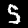
Label: 5